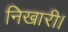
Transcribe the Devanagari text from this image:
निखारी।